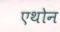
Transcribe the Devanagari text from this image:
एथोन